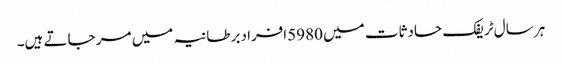
ہر سال ٹریفک حادثات میں 5980افراد برطانیہ میں مر جاتے ہیں۔